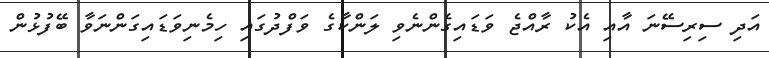
އަދި ސިރިސޭނަ އާއި އެކު ރާއްޖެ ވަޑައިގެންނެވި ލަންކާގެ ވަފްދުގައި ހިމެނިވަޑައިގަންނަވާ ބޭފުޅުން